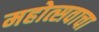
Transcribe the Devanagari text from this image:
महोत्सवाचा